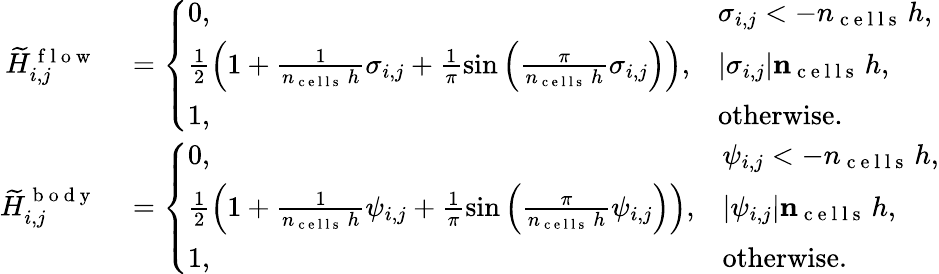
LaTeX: \begin{array}{rl}{\widetilde{H}_{i,j}^{\mathrm{~f~l~o~w~}}}&{{}=\left\{ \begin{array}{ll}{0,}&{\sigma_{i,j}<-n_{\mathrm{~c~e~l~l~s~}}\, h,}\\ {\frac{1}{2}\left(1+\frac{1}{n_{\mathrm{~c~e~l~l~s~}}\, h}\sigma_{i,j}+\frac{1}{\pi}\sin\left(\frac{\pi}{n_{\mathrm{~c~e~l~l~s~}}\, h}\sigma_{i,j}\right)\right),}&{|\sigma_{i,j}|\le n_{\mathrm{~c~e~l~l~s~}}\, h,}\\ {1,}&{\textrm{otherwise}.}\end{array}\right.}\\ {\widetilde{H}_{i,j}^{\mathrm{~b~o~d~y~}}}&{{}=\left\{ \begin{array}{ll}{0,}&{\psi_{i,j}<-n_{\mathrm{~c~e~l~l~s~}}\, h,}\\ {\frac{1}{2}\left(1+\frac{1}{n_{\mathrm{~c~e~l~l~s~}}\, h}\psi_{i,j}+\frac{1}{\pi}\sin\left(\frac{\pi}{n_{\mathrm{~c~e~l~l~s~}}\, h}\psi_{i,j}\right)\right),}&{|\psi_{i,j}|\le n_{\mathrm{~c~e~l~l~s~}}\, h,}\\ {1,}&{\textrm{otherwise}.}\end{array}\right.}\end{array}